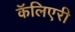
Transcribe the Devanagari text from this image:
कॅलिएरी